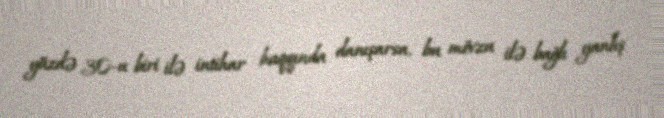
yüzdə 30-u biri ilə intihar haqqında danışarsa, bu mövzu ilə bağlı yanlış